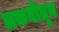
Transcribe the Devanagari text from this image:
लकबीतून